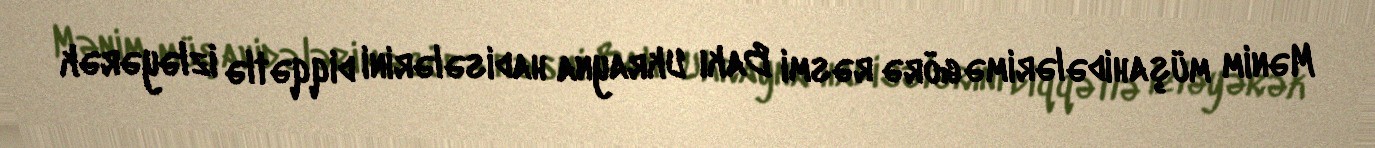
Mənim müşahidələrimə görə rəsmi Bakı Ukrayna hadisələrini diqqətlə izləyərək